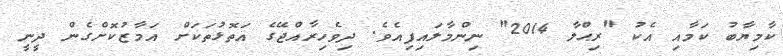
ކާމިޔާބު ކަމާއި އެކު "ރިޙްލާ 2014" ނިންމާލައިފިއެވެ. ދިވެހިރާއްޖޭގެ އަތޮޅުތަކަށް އަމާޒުކޮށްގެން ދީނީ